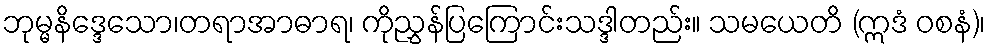
ဘုမ္မနိဒ္ဒေသော၊တရာအာဓာရ၊ ကိုညွှန်ပြကြောင်းသဒ္ဒါတည်း။ သမယေတိ (ဣဒံ ဝစနံ)၊